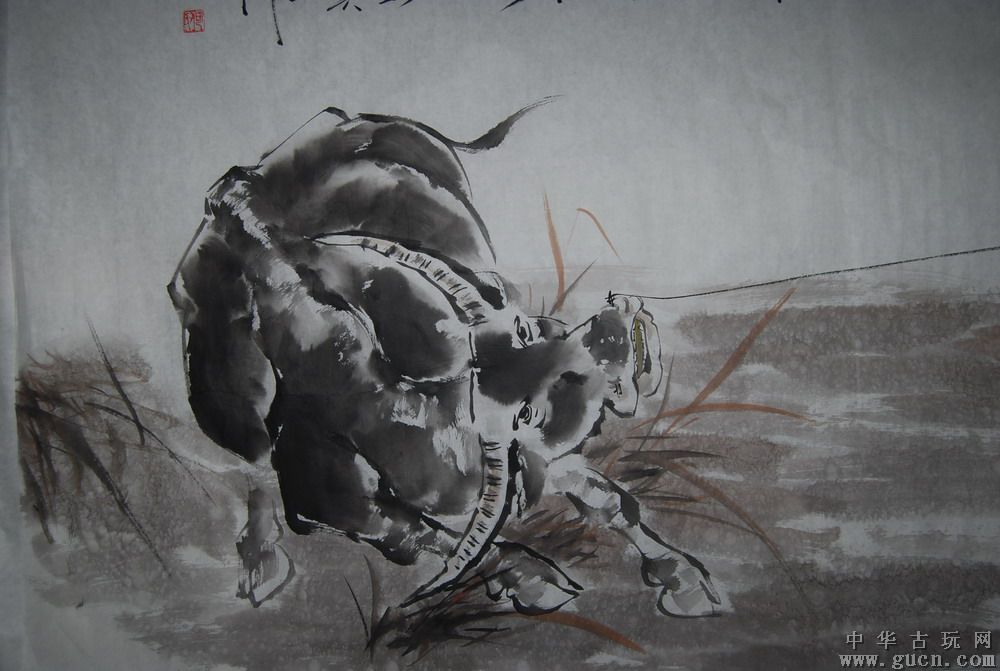
狎浪儿童，横江士女，笑指渔翁一叶轻。